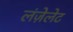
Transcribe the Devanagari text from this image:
लंज़ेलेट